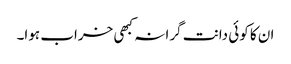
ان کا کوئی دانت گرا نہ کبھی خراب ہوا۔